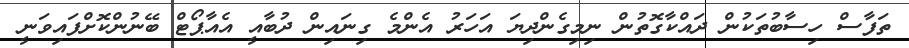
ތަފާސް ހިސާބުތަކުން ދައްކާގޮތުން ނިމިގެންދިޔަ އަހަރު އެންމެ ގިނައިން ދުބާއީ އެއާޕޯޓް ބޭނުންކޮށްފައިވަނީ